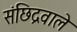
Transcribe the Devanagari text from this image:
संछिद्रवाले